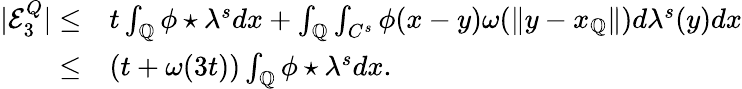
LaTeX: \begin{array}{rl}{|\mathcal{E}_{3}^{Q}|\leq}&{t\int_{\mathbb{Q}}\phi\star\lambda^{s}dx+\int_{\mathbb{Q}}\int_{C^{s}}\phi(x-y)\omega(\| y-x_{\mathbb{Q}}\| )d\lambda^{s}(y)dx}\\ {\leq}&{(t+\omega(3t))\int_{\mathbb{Q}}\phi\star\lambda^{s}dx.}\end{array}